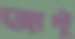
জান্টু